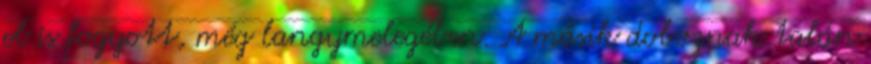
el is fogyott, még langymelegében. A másik doboznak talán